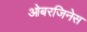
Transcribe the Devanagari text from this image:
ओबरजिनेस